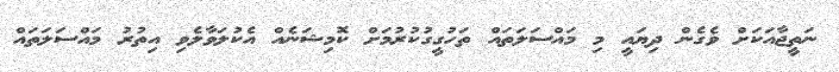
ނަތީޖާއަކަށް ވެގެން ދިޔައީ މި މައްސަލަތައް ތަހުގީގުކުރުމަށް ކޮމިޝަނެއް އެކުލަވާލެވި އިތުރު މައްސަލަތައް